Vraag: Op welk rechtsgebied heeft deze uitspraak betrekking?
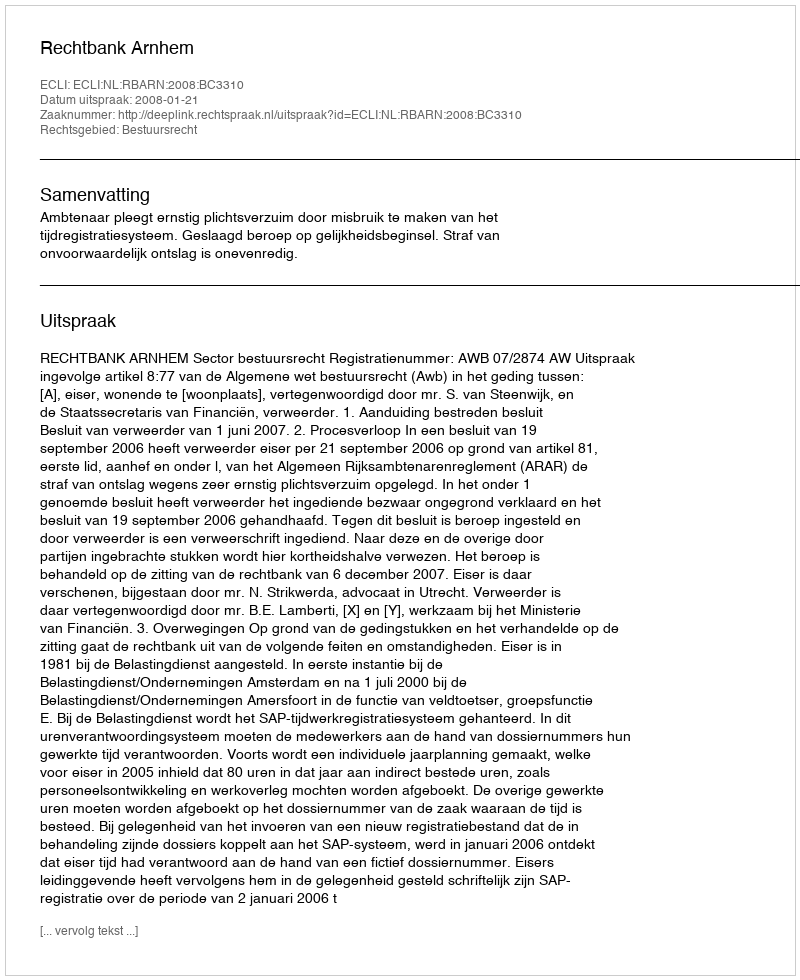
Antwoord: Bestuursrecht